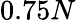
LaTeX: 0.75N